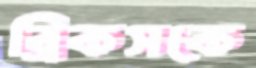
ব্রিকসকে